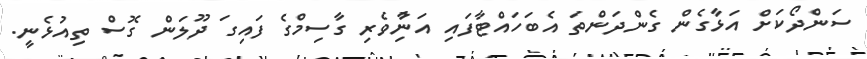
ސަންދޯކަށް އަޅާގެން ގެންދަންތަ އެބަހައްޓާފައި އަނިުާވެރި ގާސިމްގެ ފައިގަ ދޫލަން ގޮސް ތިއުޅެނީ.